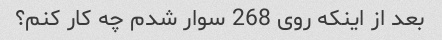
بعد از اینکه روی 268 سوار شدم چه کار کنم؟